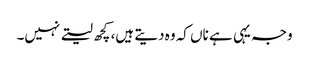
وجہ یہی ہے ناں کہ وہ دیتے ہیں، کچھ لیتے نہیں۔